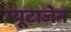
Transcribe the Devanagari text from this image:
म्यूटाजेन